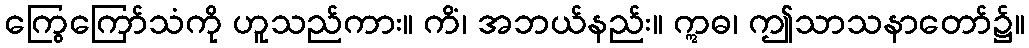
ကြွေကြော်သံကို ဟူသည်ကား။ ကိံ၊ အဘယ်နည်း။ ဣဓ၊ ဤသာသနာတော်၌။